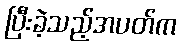
ပြီးခဲ့သည့်အပတ်က